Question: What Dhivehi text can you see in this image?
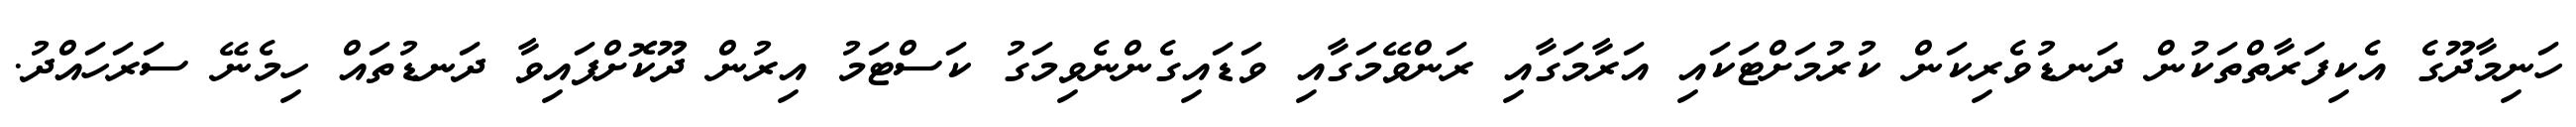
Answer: ހަނިމާދޫގެ އެކިފަރާތްތަކުން ދަނޑުވެރިކަން ކުރުމަށްޓަކައި އަރާމަގާއި ރަންވޭމަގާއި ވަޑައިގެންނެވިމަގު ކަސްޓަމު އިރުން ދޫކޮށްފައިވާ ދަނޑުތައް ހިމެނޭ ސަރަހައްދު.